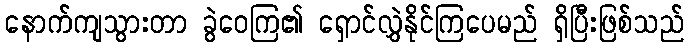
နောက်ကျသွားတာ ခွဲဝေကြ၏ ရှောင်လွှဲနိုင်ကြပေမည် ရှိပြီးဖြစ်သည်